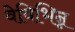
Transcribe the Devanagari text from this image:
वेविभिन्न